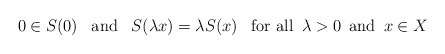
\begin{align*}0\in S(0)~~\operatorname{and}~~S(\lambda x)=\lambda S(x)~~\operatorname{for~all}~\lambda>0~\operatorname{and}~x \in X\end{align*}